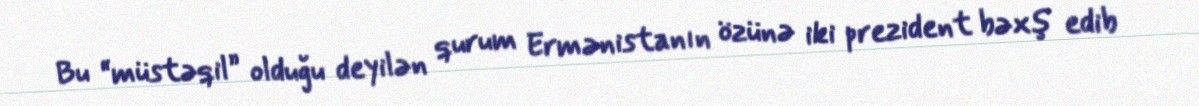
Bu “müstəqil” olduğu deyilən qurum Ermənistanın özünə iki prezident bəxş edib